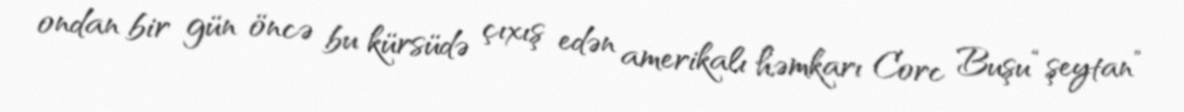
ondan bir gün öncə bu kürsüdə çıxış edən amerikalı həmkarı Corc Buşu “şeytan”